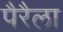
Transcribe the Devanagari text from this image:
पैरैला